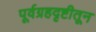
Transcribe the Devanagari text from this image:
पूर्वग्रहदृष्टीतून